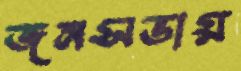
জনসভায়